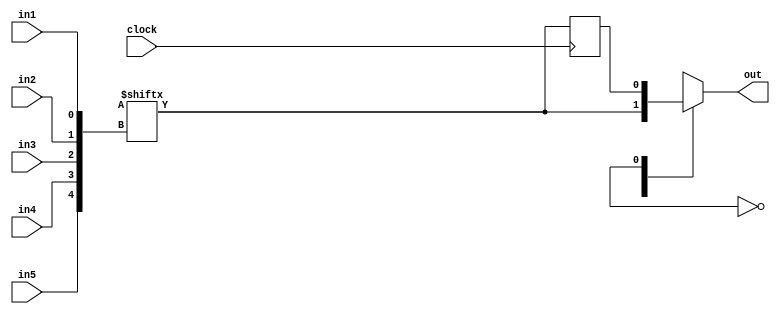
module logic_tile (out, clock, in1, in2, in3, in4, in5);

    input clock, in1, in2, in3, in4, in5;
    output out;

    reg lut, out;
    reg [32:0] mem;

    reg [1:5] control;

    always @(*) begin
        control = {in5, in4, in3, in2, in1};

        lut = mem[control];
    end

    reg q;

    initial q = 0;

    always @(posedge clock) begin
        q <= lut;
    end

    always @(*) begin
        case(mem[32])
            1'b0: out = lut;
            1'b1: out = q;
            default: out = 1'bx;
        endcase
    end

endmodule

module switch_box (out, in);

    input [3:0] in;
    output [3:0] out;
    reg [3:0] out;

    reg [15:0] configure;

    always @(*) begin
        out[0] = (configure[0] & in[0]) | (configure[1] & in[1]) | (configure[2] & in[2]) | (configure[3] & in[3]);
        out[1] = (configure[4] & in[0]) | (configure[5] & in[1]) | (configure[6] & in[2]) | (configure[7] & in[3]);
        out[2] = (configure[8] & in[0]) | (configure[9] & in[1]) | (configure[10] & in[2]) | (configure[11] & in[3]);
        out[3] = (configure[12] & in[0]) | (configure[13] & in[1]) | (configure[14] & in[2]) | (configure[15] & in[3]);
    end

endmodule

module FPGA (out, in, clock);

    input [0:10] in;
    output [0:4] out;
    input clock;

    wire lt1_out, lt2_out, lt3_out, lt4_out, lt5_out, lt6_out, lt7_out, lt8_out, lt9_out, lt10_out, lt11_out;
    wire [3:0] sb1_out, sb2_out, sb3_out, sb4_out, sb5_out, sb6_out, sb7_out, sb8_out, sb9_out, sb10_out, sb11_out, sb12_out, sb13_out, sb14_out, sb15_out, sb16_out, sb17_out, sb18_out, sb19_out, sb20_out;

    switch_box sb1_inst(sb1_out, {in[3], in[2], in[5], in[4]});
    switch_box sb2_inst(sb2_out, {lt2_out, lt1_out, in[1], in[0]});
    switch_box sb3_inst(sb3_out, {lt2_out, lt5_out, in[5], in[4]});
    switch_box sb4_inst(sb4_out, {in[1], in[0], lt2_out, in[9]});
    switch_box sb5_inst(sb5_out, {lt4_out, lt3_out, in[1], in[0]});
    switch_box sb6_inst(sb6_out, {lt6_out, lt5_out, in[5], in[4]});
    switch_box sb7_inst(sb7_out, {in[1], in[0], lt2_out, sb5_out[1]});
    switch_box sb8_inst(sb8_out, {lt6_out, lt5_out, in[5], in[4]});
    switch_box sb9_inst(sb9_out, {in[1], in[0], lt2_out, lt7_out});
    switch_box sb10_inst(sb10_out, {in[1], in[0], lt2_out, in[8]});
    switch_box sb11_inst(sb11_out, {lt10_out, lt2_out, lt4_out, lt3_out});
    switch_box sb12_inst(sb12_out, {in[1], in[0], lt7_out, in[3]});
    switch_box sb13_inst(sb13_out, {lt9_out, lt8_out, lt5_out, lt4_out});
    switch_box sb14_inst(sb14_out, {lt8_out, lt6_out, lt3_out, lt5_out});
    switch_box sb15_inst(sb15_out, {in[0], lt10_out, lt9_out, lt7_out});
    switch_box sb16_inst(sb16_out, {in[0], lt7_out, lt6_out, lt5_out});
    switch_box sb17_inst(sb17_out, {in[0], lt7_out, lt6_out, lt5_out});
    switch_box sb18_inst(sb18_out, {in[1], in[0], lt6_out, lt3_out});
    switch_box sb19_inst(sb19_out, {lt6_out, lt5_out, lt4_out, lt3_out});
    switch_box sb20_inst(sb20_out, {in[2], in[1], in[0], lt7_out});


    logic_tile lt1_inst(lt1_out, clock, in[0], in[1], in[0], in[1], in[10]);
    logic_tile lt2_inst(lt2_out, clock, in[2], in[3], in[6], in[7], in[10]);
    logic_tile lt3_inst(lt3_out, clock, sb1_out[0], sb1_out[1], in[6], in[7], in[10]);
    logic_tile lt4_inst(lt4_out, clock, in[6], in[7], in[2], in[3], in[10]);
    logic_tile lt5_inst(lt5_out, clock, sb3_out[0], sb3_out[1], sb2_out[0], sb2_out[1], sb4_out[0]);
    logic_tile lt6_inst(lt6_out, clock, sb6_out[0], sb6_out[1], sb5_out[0], sb7_out[0], sb4_out[0]);
    logic_tile lt7_inst(lt7_out, clock, sb8_out[0], sb8_out[1], sb9_out[0], sb9_out[1], sb10_out[0]);
    logic_tile lt8_inst(lt8_out, clock, sb11_out[2], sb11_out[3], sb16_out[0], sb16_out[1], sb16_out[2]);
    logic_tile lt9_inst(lt9_out, clock, sb11_out[0], sb11_out[1], sb17_out[0], sb17_out[1], sb17_out[2]);
    logic_tile lt10_inst(lt10_out, clock, sb18_out[0], sb13_out[0], sb13_out[1], sb18_out[1], sb12_out[0]);
    logic_tile lt11_inst(lt11_out, clock, sb19_out[0], sb19_out[1], sb19_out[2], sb19_out[3], sb20_out[0]);


    assign out = {lt11_out, sb15_out[1], sb15_out[0], sb14_out[1], sb14_out[0]};

endmodule